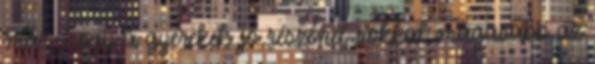
már, hogy a gyerekek jó részénél sokkal magasabb az